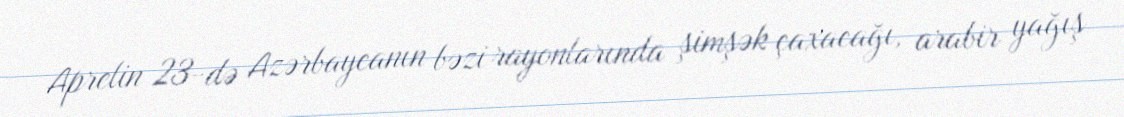
Aprelin 23-də Azərbaycanın bəzi rayonlarında şimşək çaxacağı, arabir yağış